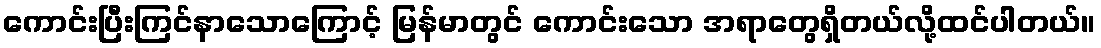
ကောင်းပြီးကြင်နာသောကြောင့် မြန်မာတွင် ကောင်းသော အရာတွေရှိတယ်လို့ထင်ပါတယ်။